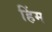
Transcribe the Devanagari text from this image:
हिंम